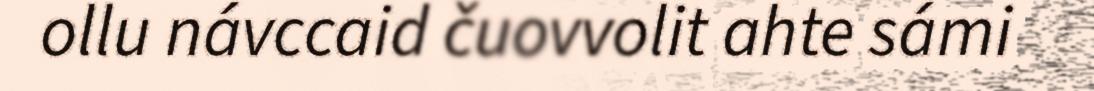
ollu návccaid čuovvolit ahte sámi